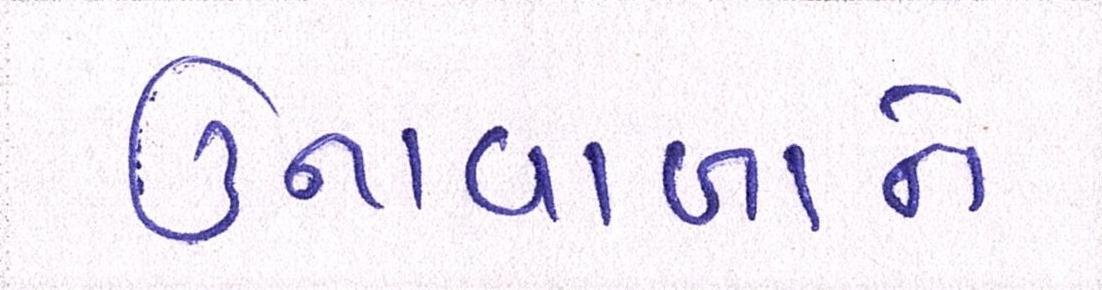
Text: ઉનાવાળાને